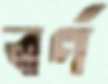
বর্ণ